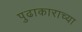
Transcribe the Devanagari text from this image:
पुढाकाराच्या